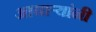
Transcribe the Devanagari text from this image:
आचार्‍यांनी